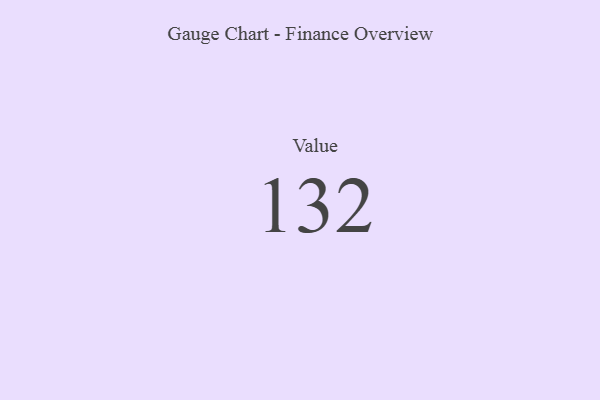
{"axis": {"x": "Metric", "y": "Value"}, "legend": [""], "data": [{"x": "Value", "y": 132, "type": ""}]}